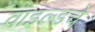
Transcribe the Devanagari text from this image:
वाइल्डचे